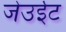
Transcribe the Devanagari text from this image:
जेउईट